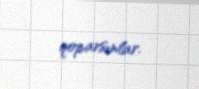
qoparsınlar.